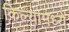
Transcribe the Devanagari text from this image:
किल्यामध्ये